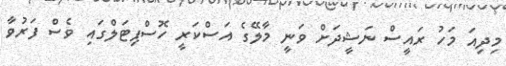
މިދިއަ މަހު ރައީސް ނަޝީދަށް ވަނީ މާލޭގެ އަސްކަރީ ހޮސްޕިޓަލްގައި ވެސް ފަރުވާ